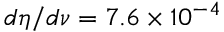
d \eta / d \nu = 7 . 6 \times 1 0 ^ { - 4 }